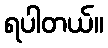
ရပါတယ်။